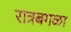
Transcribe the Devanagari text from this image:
रात्रबगळा